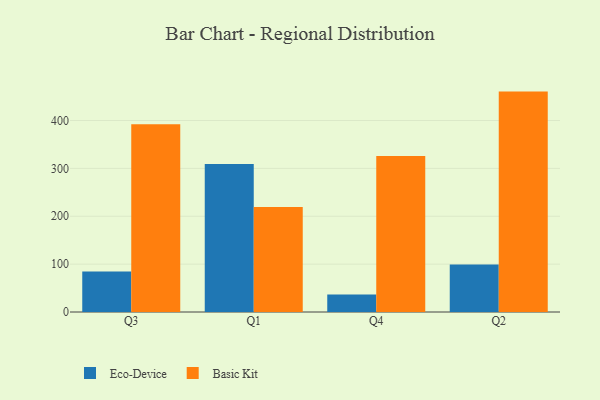
{"axis": {"x": "Quarter", "y": "Gross Profit (USD K)"}, "legend": ["Basic Kit", "Eco-Device"], "data": [{"x": "Q3", "y": 84.5, "type": "Eco-Device"}, {"x": "Q3", "y": 392.2, "type": "Basic Kit"}, {"x": "Q1", "y": 309.2, "type": "Eco-Device"}, {"x": "Q1", "y": 219.1, "type": "Basic Kit"}, {"x": "Q4", "y": 36.5, "type": "Eco-Device"}, {"x": "Q4", "y": 326.1, "type": "Basic Kit"}, {"x": "Q2", "y": 99.3, "type": "Eco-Device"}, {"x": "Q2", "y": 460.4, "type": "Basic Kit"}]}